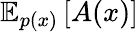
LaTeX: {\mathbb E}_{p(x)}\left[{A(x)}\right]